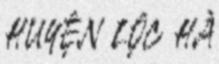
HUYỆN LỘC HÀ